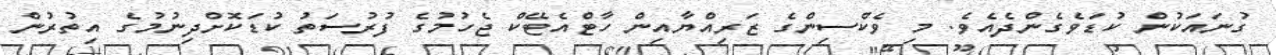
ގުނައަކުން ކުޑަވެގެންދެއެވެ. މި ވެކްސިންގެ ޒަރިއްޔާއިން ހާޓްއެޓޭކް ޖެހުމުގެ ފުރުސަތު ކުޑަކޮށްދިނުމުގެ އިތުރުން